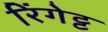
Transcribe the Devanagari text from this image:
रिंगेट्ट